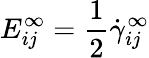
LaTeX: E_{ij}^{\infty}=\frac{1}{2}\dot{\gamma}_{ij}^{\infty}